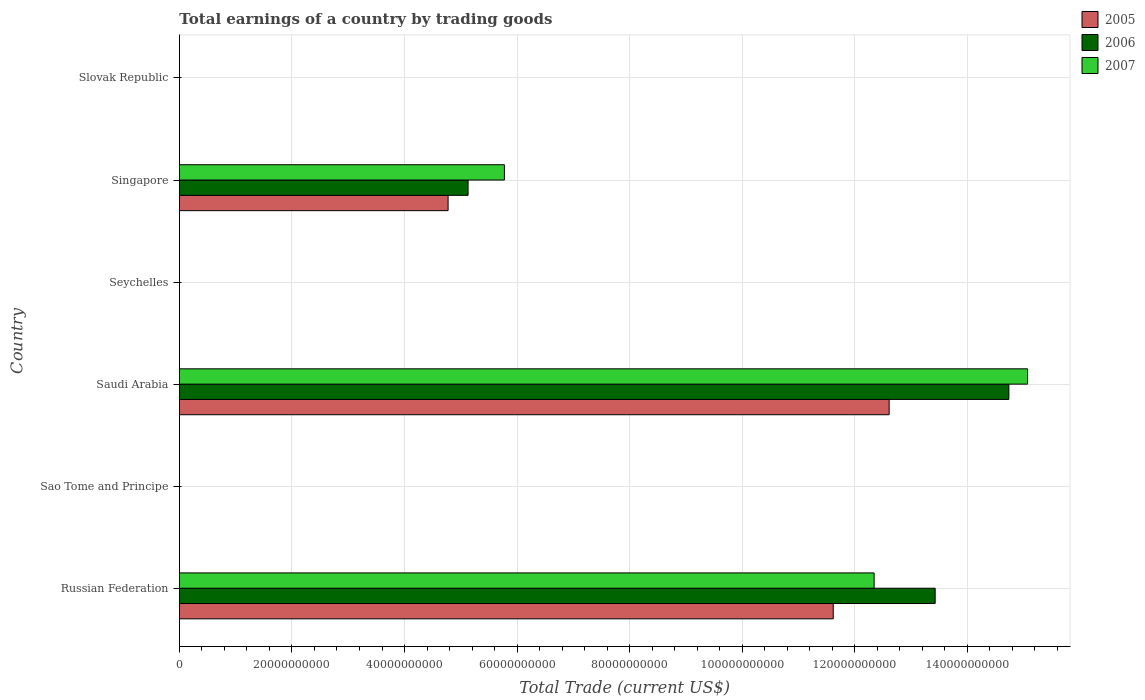
| Country | 2005 | 2006 | 2007 |
 | --- | --- | --- | --- |
 | Russian Federation | 1.16e+11 | 1.34e+11 | 1.23e+11 |
 | Sao Tome and Principe | -3.48e+07 | -5.15e+07 | -5.81e+07 |
 | Saudi Arabia | 1.26e+11 | 1.47e+11 | 1.51e+11 |
 | Seychelles | -2.94e+08 | -2.83e+08 | -3.04e+08 |
 | Singapore | 4.77e+10 | 5.13e+10 | 5.77e+10 |
 | Slovak Republic | -2.37e+09 | -2.58e+09 | -9.3e+08 |